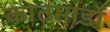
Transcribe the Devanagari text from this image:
काठमाडों